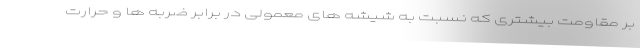
بر مقاومت بیشتری که نسبت به شیشه های معمولی در برابر ضربه ها و حرارت